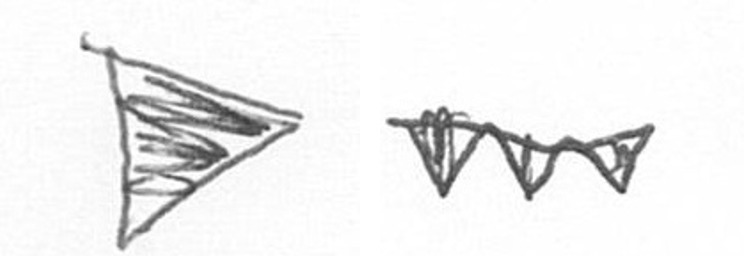
T L